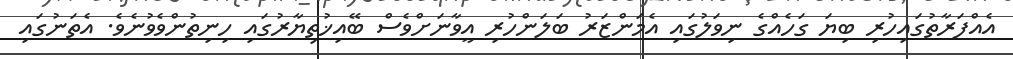
އެއްފަރާތުގައިހުރި ބިޔަ ގަހެއްގެ ނިވަލުގައި އެމަންޒަރު ބަލަންހުރި އީވާނަށްވެސް ބޭއިޚުތިޔާރުގައި ހިނިތުންވެވުނެވެ. އެތަނުގައި